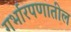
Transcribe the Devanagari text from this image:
गर्भारपणातील